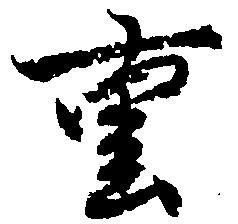
重